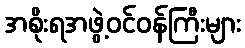
အစိုးရအဖွဲ့ဝင်ဝန်ကြီးများ